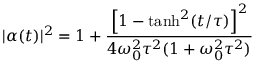
| \alpha ( t ) | ^ { 2 } = 1 + \frac { \left[ 1 - \operatorname { t a n h } ^ { 2 } ( t / \tau ) \right] ^ { 2 } } { 4 \omega _ { 0 } ^ { 2 } \tau ^ { 2 } ( 1 + \omega _ { 0 } ^ { 2 } \tau ^ { 2 } ) }